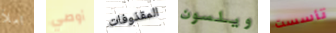
املأ أوصي المقذوفات ويلسون تأسست